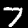
Digit: 7